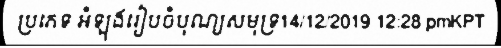
ប្រភេទ អំឡុងរៀបចំបុណ្យសមុទ្រ14/12/2019 12:28 pmKPT